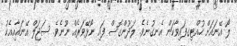
ލޯ އޭނައަށް ހުއްޓިގފައިވާކަން އެނގުނެވެ. ލަދުންގޮސް ފައި ނޯޅޭވަރެއް ނޫނެވެ. ސަޖަލް އޭނައާއިއެކު